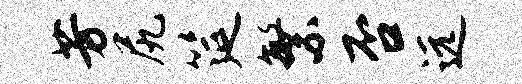
芳尻筵繁否远